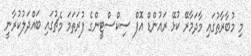
މި މުބާރާތުގައި މާދަމާރޭ ކުޅޭ ރައުންޑް އޮފް ސިކްސްޓީންގެ ފުރަތަމަ މެޗުގައި ބައްދަލުކުރާނީ